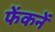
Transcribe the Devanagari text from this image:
फेंकनें